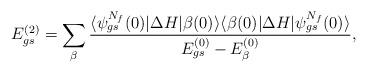
LaTeX: \begin{align*}E_{gs}^{(2)}=\sum_{\beta}\frac{\langle\psi_{gs}^{N_f}{(0)}|\Delta H|\beta{(0)}\rangle\langle\beta(0)|\Delta H|\psi_{gs}^{N_f}(0)\rangle}{E_{gs}^{(0)}-E_\beta^{(0)}},\end{align*}